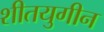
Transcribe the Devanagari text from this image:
शीतयुगीन